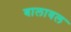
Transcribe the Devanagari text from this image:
बालावल